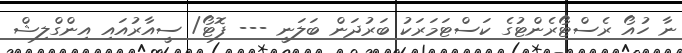
ނާ ހުއޯ ރެސްޓޯރެންޓުގެ ކަސްޓަމަރަކު ބަރުދަން ބަލަނީ --- ފޮޓޯ/ ސީއާރުއައި އިންގްލިޝް